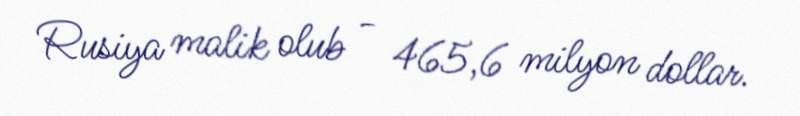
Rusiya malik olub - 465,6 milyon dollar.